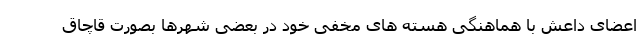
اعضای داعش با هماهنگی هسته های مخفی خود در بعضی شهرها بصورت قاچاق